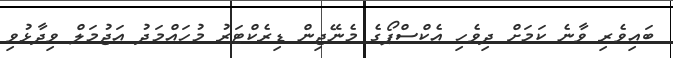
ބައިވެރި ވާނެ ކަމަށް ދިވެހި އެެކްސްޕޯގެ މެނޭޖިން ޑިރެކްޓަރު މުހައްމަދު އަޖުމަލް ވިދާޅުވި